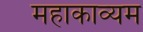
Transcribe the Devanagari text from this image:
महाकाव्यम